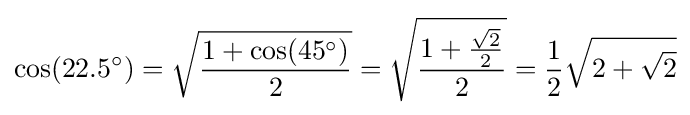
\cos(22.5^{\circ })={\sqrt {\frac {1+\cos(45^{\circ })}{2}}}={\sqrt {\frac {1+{\frac {\sqrt {2}}{2}}}{2}}}={\frac {1}{2}}{\sqrt {2+{\sqrt {2}}}}